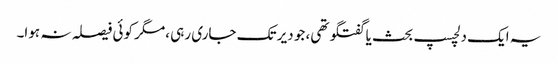
یہ ایک دلچسپ بحث یا گفتگو تھی، جو دیر تک جاری رہی ،مگر کوئی فیصلہ نہ ہوا۔